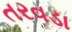
તરવડા